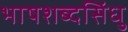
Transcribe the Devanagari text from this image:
भाषशब्दसिंधु